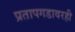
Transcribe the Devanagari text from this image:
प्रतापगडावरही